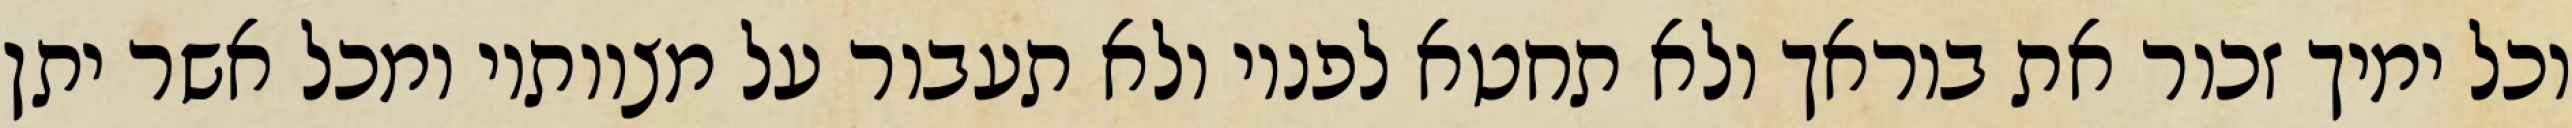
וכל ימיך זכור את בוראך ולא תחטא לפניו ולא תעבור על מצוותיו ומכל אשר יתן